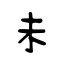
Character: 未